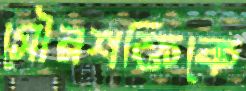
সৌরশক্তিকে